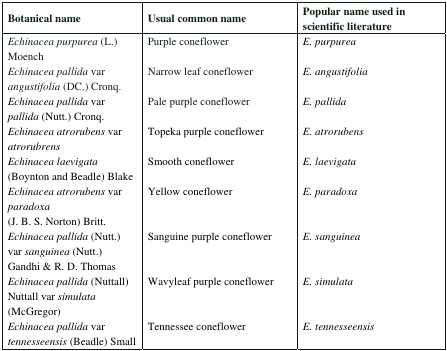
<table><thead><tr><td><b>Botanical name</b></td><td><b>Usual common name</b></td><td><b>Popular name used in scientific literature</b></td></tr></thead><tbody><tr><td><i>Echinacea purpurea</i> (L.) Moench</td><td>Purple coneflower</td><td><i>E. purpurea</i></td></tr><tr><td><i>Echinacea pallida</i> var <i>angustifolia</i> (DC.) Cronq.</td><td>Narrow leaf coneflower</td><td><i>E. angustifolia</i></td></tr><tr><td><i>Echinacea pallida</i> var <i>pallida</i> (Nutt.) Cronq.</td><td>Pale purple coneflower</td><td><i>E. pallida</i></td></tr><tr><td><i>Echinacea atrorubens</i> var <i>atrorubrens</i></td><td>Topeka purple coneflower</td><td><i>E. atrorubens</i></td></tr><tr><td><i>Echinacea laevigata</i> (Boynton and Beadle) Blake</td><td>Smooth coneflower</td><td><i>E. laevigata</i></td></tr><tr><td><i>Echinacea atrorubens</i> var <i>paradoxa</i> (J. B. S. Norton) Britt.</td><td>Yellow coneflower</td><td><i>E. paradoxa</i></td></tr><tr><td><i>Echinacea pallida</i> (Nutt.) var <i>sanguinea</i> (Nutt.) Gandhi &amp; R. D. Thomas</td><td>Sanguine purple coneflower</td><td><i>E. sanguinea</i></td></tr><tr><td><i>Echinacea pallida</i> (Nuttall) Nuttall var <i>simulata</i> (McGregor)</td><td>Wavyleaf purple coneflower</td><td><i>E. simulata</i></td></tr><tr><td><i>Echinacea pallida</i> var <i>tennesseensis</i> (Beadle) Small</td><td>Tennessee coneflower</td><td><i>E. tennesseensis</i></td></tr></tbody></table>